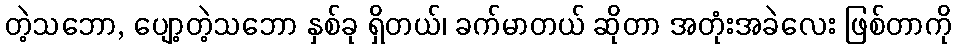
တဲ့သဘော, ပျော့တဲ့သဘော နှစ်ခု ရှိတယ်၊ ခက်မာတယ် ဆိုတာ အတုံးအခဲလေး ဖြစ်တာကို